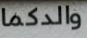
والدكما